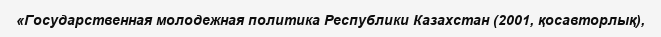
«Государственная молодежная политика Республики Казахстан (2001, қосавторлық),